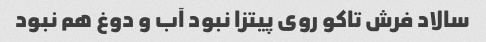
سالاد فرش تاکو روی پیتزا نبود آب و دوغ هم نبود